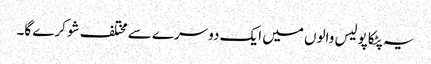
یہ پٹکا پولیس والوں میں ایک دوسرے سے مختلف شو کرے گا۔